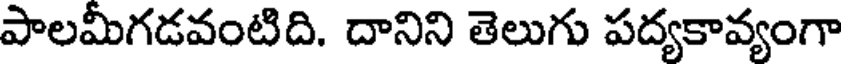
పాలమీగడవంటిది. దానిని తెలుగు పద్యకావ్యంగా